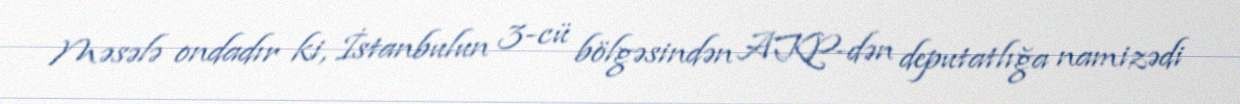
Məsələ ondadır ki, İstanbulun 3-cü bölgəsindən AKP-dən deputatlığa namizədi